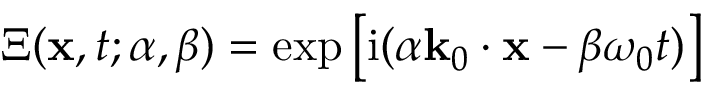
\Xi ( \mathbf { x } , t ; \alpha , \beta ) = \exp \big [ { \mathrm { i } ( \alpha \mathbf { k } _ { 0 } \cdot \mathbf { x } - \beta \omega _ { 0 } t ) } \big ]